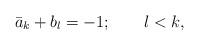
LaTeX: \begin{align*}\bar{a}_{k}+b_{l}=-1;\quad\quad l<k, \end{align*}